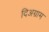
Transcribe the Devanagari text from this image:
दिअग्राम